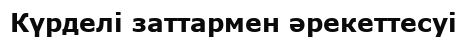
Күрделі заттармен әрекеттесуі